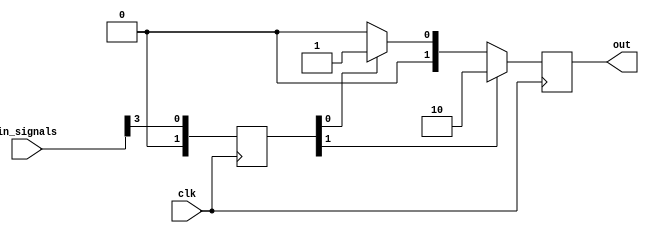
module weighted_arbiter (
    input wire clk,
    input wire [3:0] in_signals,
    output reg [1:0] out
);

reg [3:0] weights = 4'b1000;
reg [1:0] priority;

always @ (posedge clk) begin
    priority <= {in_signals[0] & weights[0], in_signals[1] & weights[1], in_signals[2] & weights[2], in_signals[3] & weights[3]};
    out <= (priority[1] == 1'b1) ? 2'b10 : (priority[0] == 1'b1) ? 2'b01 : 2'b00;
end

endmodule